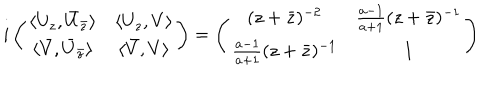
i \left( \begin{matrix} { { \langle U _ { z } , \bar { U } _ { \bar { z } } \rangle } } & { { \langle U _ { z } , V \rangle } } \\ { { \langle \bar { V } , \bar { U } _ { \bar { z } } \rangle } } & { { \langle \bar { V } , V \rangle } } \\ \end{matrix} \right) = \left( \begin{matrix} { { ( z + \bar { z } ) ^ { - 2 } } } & { { \frac { a - 1 } { a + 1 } ( z + \bar { z } ) ^ { - 1 } } } \\ { { \frac { a - 1 } { a + 1 } ( z + \bar { z } ) ^ { - 1 } } } & { { 1 } } \\ \end{matrix} \right)